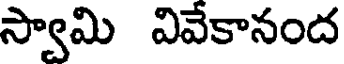
స్వామి వివేకానంద